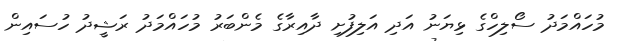
މުހައްމަދު ސޯލިހްގެ ޅިޔަނު އަދި އަލިފުށި ދާއިރާގެ މެންބަރު މުހައްމަދު ރަޝީދު ހުސައިން